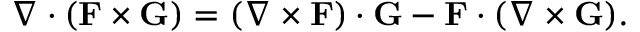
\nabla \cdot ( \mathbf { F } \times \mathbf { G } ) = ( \nabla \times \mathbf { F } ) \cdot \mathbf { G } - \mathbf { F } \cdot ( \nabla \times \mathbf { G } ) .